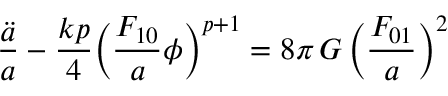
\frac { \ddot { a } } { a } - \frac { k p } { 4 } \Bigl ( \frac { F _ { 1 0 } } { a } \phi \Bigr ) ^ { p + 1 } = 8 \pi \, G \, \Bigl ( \frac { F _ { 0 1 } } { a } \Bigr ) ^ { 2 }